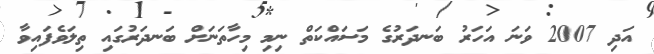
އަދި 2007 ވަނަ އަހަރު ބަނދަރުގެ މަސައްކަތް ނިމި މިހާތަނަށް ބަނދަރުގައި ތިލަވެފައިވާ